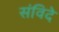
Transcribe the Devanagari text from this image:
संविदे